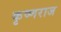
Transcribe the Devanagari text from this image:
कृष्‍णराज